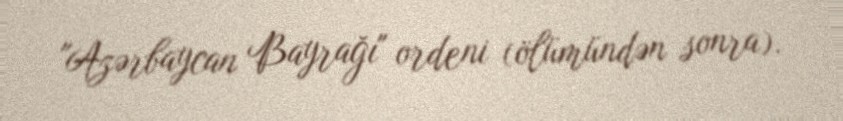
"Azərbaycan Bayrağı" ordeni (ölümündən sonra).